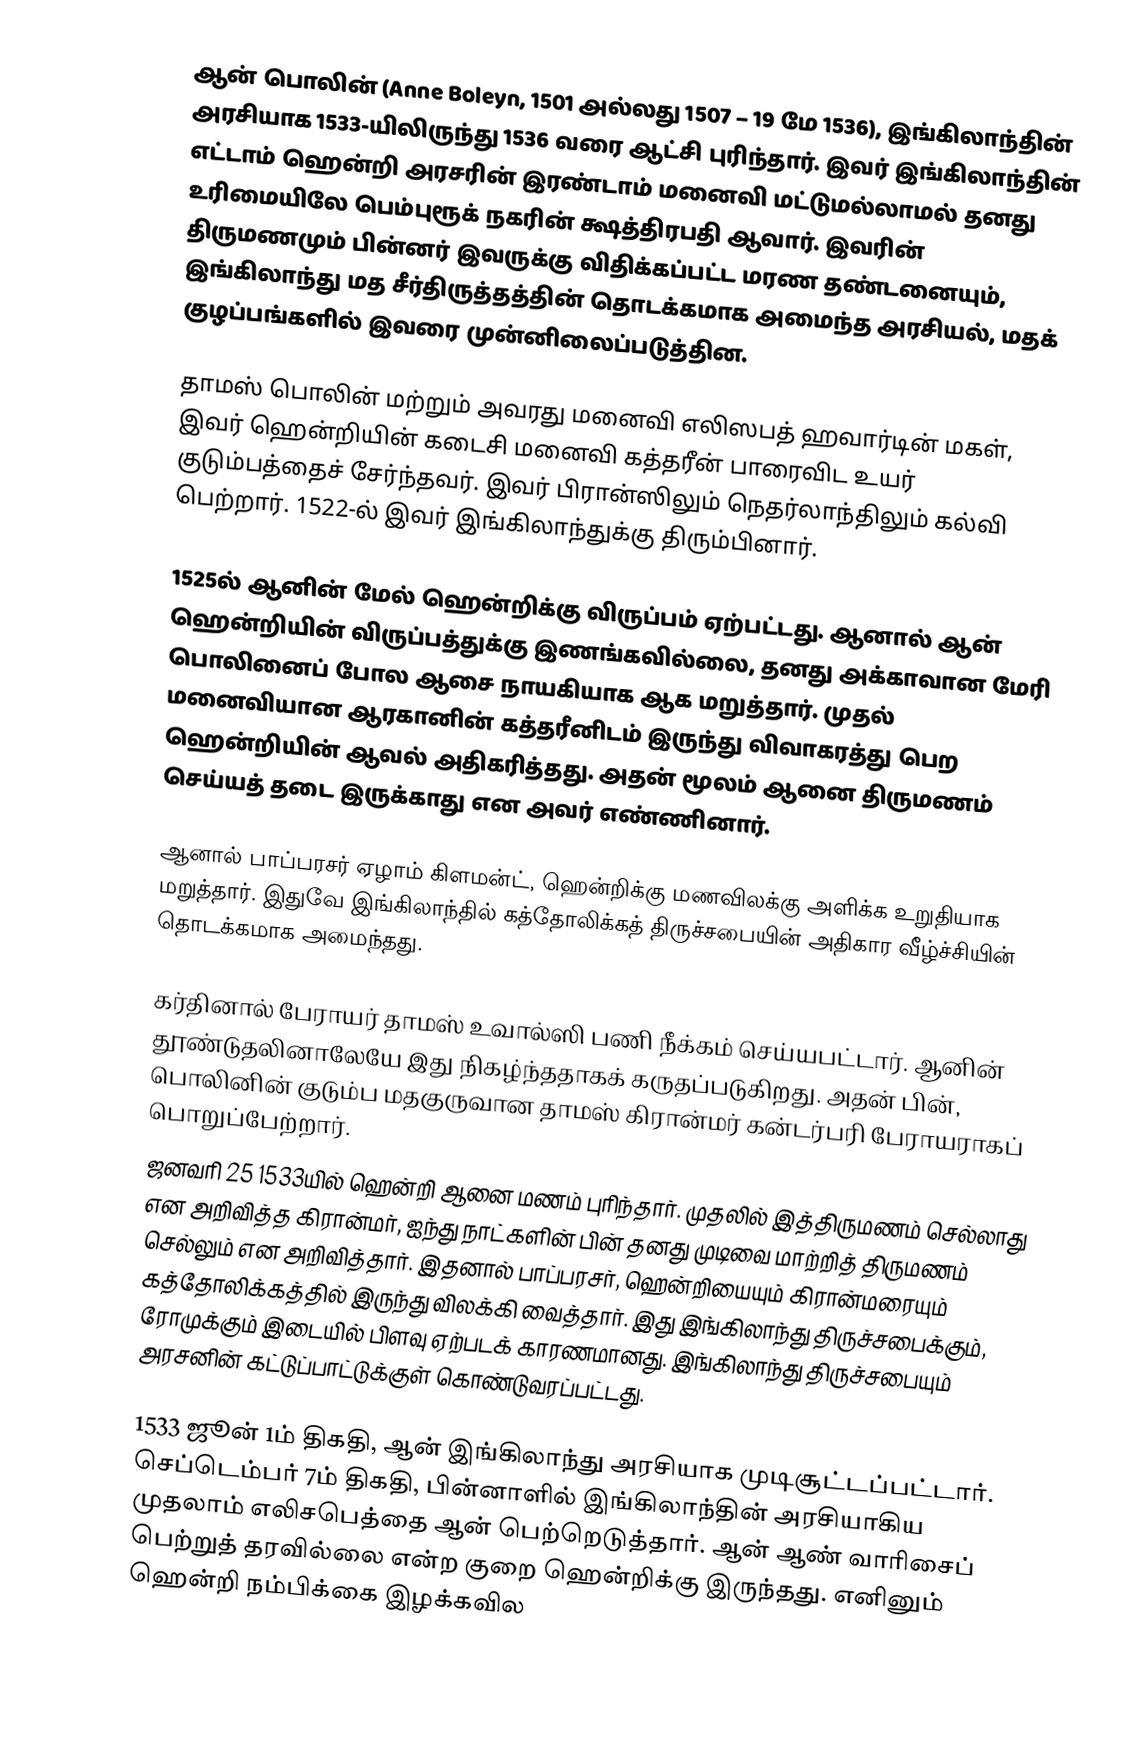
ஆன் பொலின் (Anne Boleyn, 1501 அல்லது 1507 – 19 மே 1536), இங்கிலாந்தின் அரசியாக 1533-யிலிருந்து 1536 வரை ஆட்சி புரிந்தார். இவர் இங்கிலாந்தின் எட்டாம் ஹென்றி அரசரின் இரண்டாம் மனைவி மட்டுமல்லாமல் தனது உரிமையிலே பெம்புரூக் நகரின் க்ஷத்திரபதி ஆவார். இவரின் திருமணமும் பின்னர் இவருக்கு விதிக்கப்பட்ட மரண தண்டனையும், இங்கிலாந்து மத சீர்திருத்தத்தின் தொடக்கமாக அமைந்த அரசியல், மதக் குழப்பங்களில் இவரை முன்னிலைப்படுத்தின.

தாமஸ் பொலின் மற்றும் அவரது மனைவி எலிஸபத் ஹவார்டின் மகள், இவர் ஹென்றியின் கடைசி மனைவி கத்தரீன் பாரைவிட உயர் குடும்பத்தைச் சேர்ந்தவர். இவர் பிரான்ஸிலும் நெதர்லாந்திலும் கல்வி பெற்றார். 1522-ல் இவர் இங்கிலாந்துக்கு திரும்பினார்.

1525ல் ஆனின் மேல் ஹென்றிக்கு விருப்பம் ஏற்பட்டது. ஆனால் ஆன் ஹென்றியின் விருப்பத்துக்கு இணங்கவில்லை, தனது அக்காவான மேரி பொலினைப் போல ஆசை நாயகியாக ஆக மறுத்தார். முதல் மனைவியான ஆரகானின் கத்தரீனிடம் இருந்து விவாகரத்து பெற ஹென்றியின் ஆவல் அதிகரித்தது. அதன் மூலம் ஆனை திருமணம் செய்யத் தடை இருக்காது என அவர் எண்ணினார்.

ஆனால் பாப்பரசர் ஏழாம் கிளமன்ட், ஹென்றிக்கு மணவிலக்கு அளிக்க உறுதியாக மறுத்தார். இதுவே இங்கிலாந்தில் கத்தோலிக்கத் திருச்சபையின் அதிகார வீழ்ச்சியின் தொடக்கமாக அமைந்தது.

கர்தினால் பேராயர் தாமஸ் உவால்ஸி பணி நீக்கம் செய்யபட்டார். ஆனின் தூண்டுதலினாலேயே இது நிகழ்ந்ததாகக் கருதப்படுகிறது. அதன் பின், பொலினின் குடும்ப மதகுருவான தாமஸ் கிரான்மர் கன்டர்பரி பேராயராகப் பொறுப்பேற்றார்.
ஜனவரி 25 1533யில் ஹென்றி ஆனை மணம் புரிந்தார். முதலில் இத்திருமணம் செல்லாது என அறிவித்த கிரான்மர், ஐந்து நாட்களின் பின் தனது முடிவை மாற்றித் திருமணம் செல்லும் என அறிவித்தார். இதனால் பாப்பரசர், ஹென்றியையும் கிரான்மரையும் கத்தோலிக்கத்தில் இருந்து விலக்கி வைத்தார். இது இங்கிலாந்து திருச்சபைக்கும், ரோமுக்கும் இடையில் பிளவு ஏற்படக் காரணமானது. இங்கிலாந்து திருச்சபையும் அரசனின் கட்டுப்பாட்டுக்குள் கொண்டுவரப்பட்டது.

1533 ஜூன் 1ம் திகதி, ஆன் இங்கிலாந்து அரசியாக முடிசூட்டப்பட்டார். செப்டெம்பர் 7ம் திகதி, பின்னாளில் இங்கிலாந்தின் அரசியாகிய முதலாம் எலிசபெத்தை ஆன் பெற்றெடுத்தார். ஆன் ஆண் வாரிசைப் பெற்றுத் தரவில்லை என்ற குறை ஹென்றிக்கு இருந்தது. எனினும் ஹென்றி நம்பிக்கை இழக்கவில